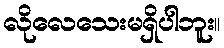
လိုလေသေးမရှိပါဘူး။